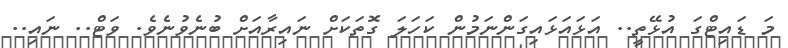
މަ ޑައިޓްގަ އުޅޭތީ.. އަޅައަޅައިގަންނަމުން ކަހަލަ ގޮތަކަށް ނައިރާއަށް ބުނެވުނެވެ. ވަޓް.. ނައި..